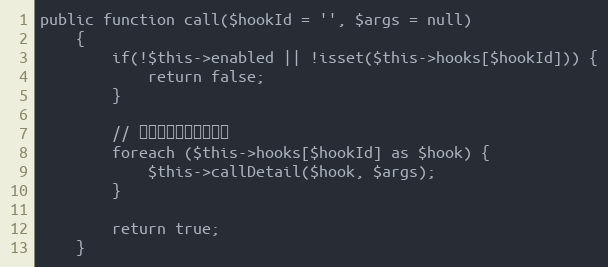
Language: PHP
public function call($hookId = '', $args = null)
    {
        if(!$this->enabled || !isset($this->hooks[$hookId])) {
            return false;
        }

        // 执行钩子列表中的钩子
        foreach ($this->hooks[$hookId] as $hook) {
            $this->callDetail($hook, $args);
        }

        return true;
    }